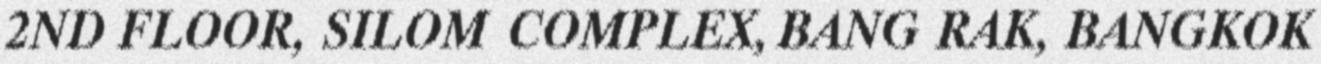
2ND FLOOR, SILOM COMPLEX, BANG RAK, BANGKOK